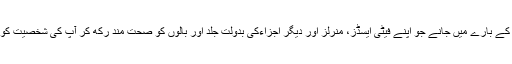
تو ایسی ہی چند غذاوں کے بارے میں جانے جو اپنے فیٹی ایسڈز، منرلز اور دیگر اجزاءکی بدولت جلد اور بالوں کو صحت مند رکھ کر آپ کی شخصیت کو جوان ظاہر کرتی ہیں۔